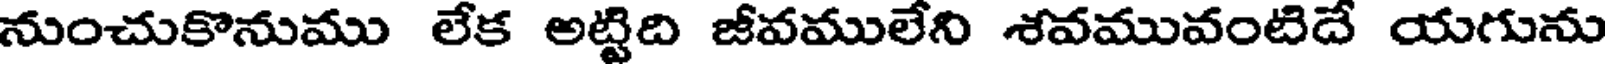
నుంచుకొనుము లేక అట్టిది జీవములేని శవమువంటిదే యగును